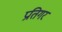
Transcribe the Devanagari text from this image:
प्रतिगर